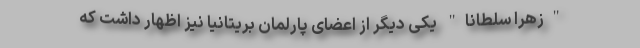
"زهرا سلطانا" یکی دیگر از اعضای پارلمان بریتانیا نیز اظهار داشت که